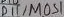
Text: D11/MOSI